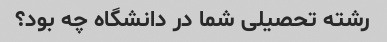
رشته تحصیلی شما در دانشگاه چه بود؟